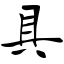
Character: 具